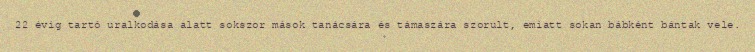
22 évig tartó uralkodása alatt sokszor mások tanácsára és támaszára szorult, emiatt sokan bábként bántak vele.